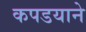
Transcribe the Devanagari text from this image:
कपडयाने